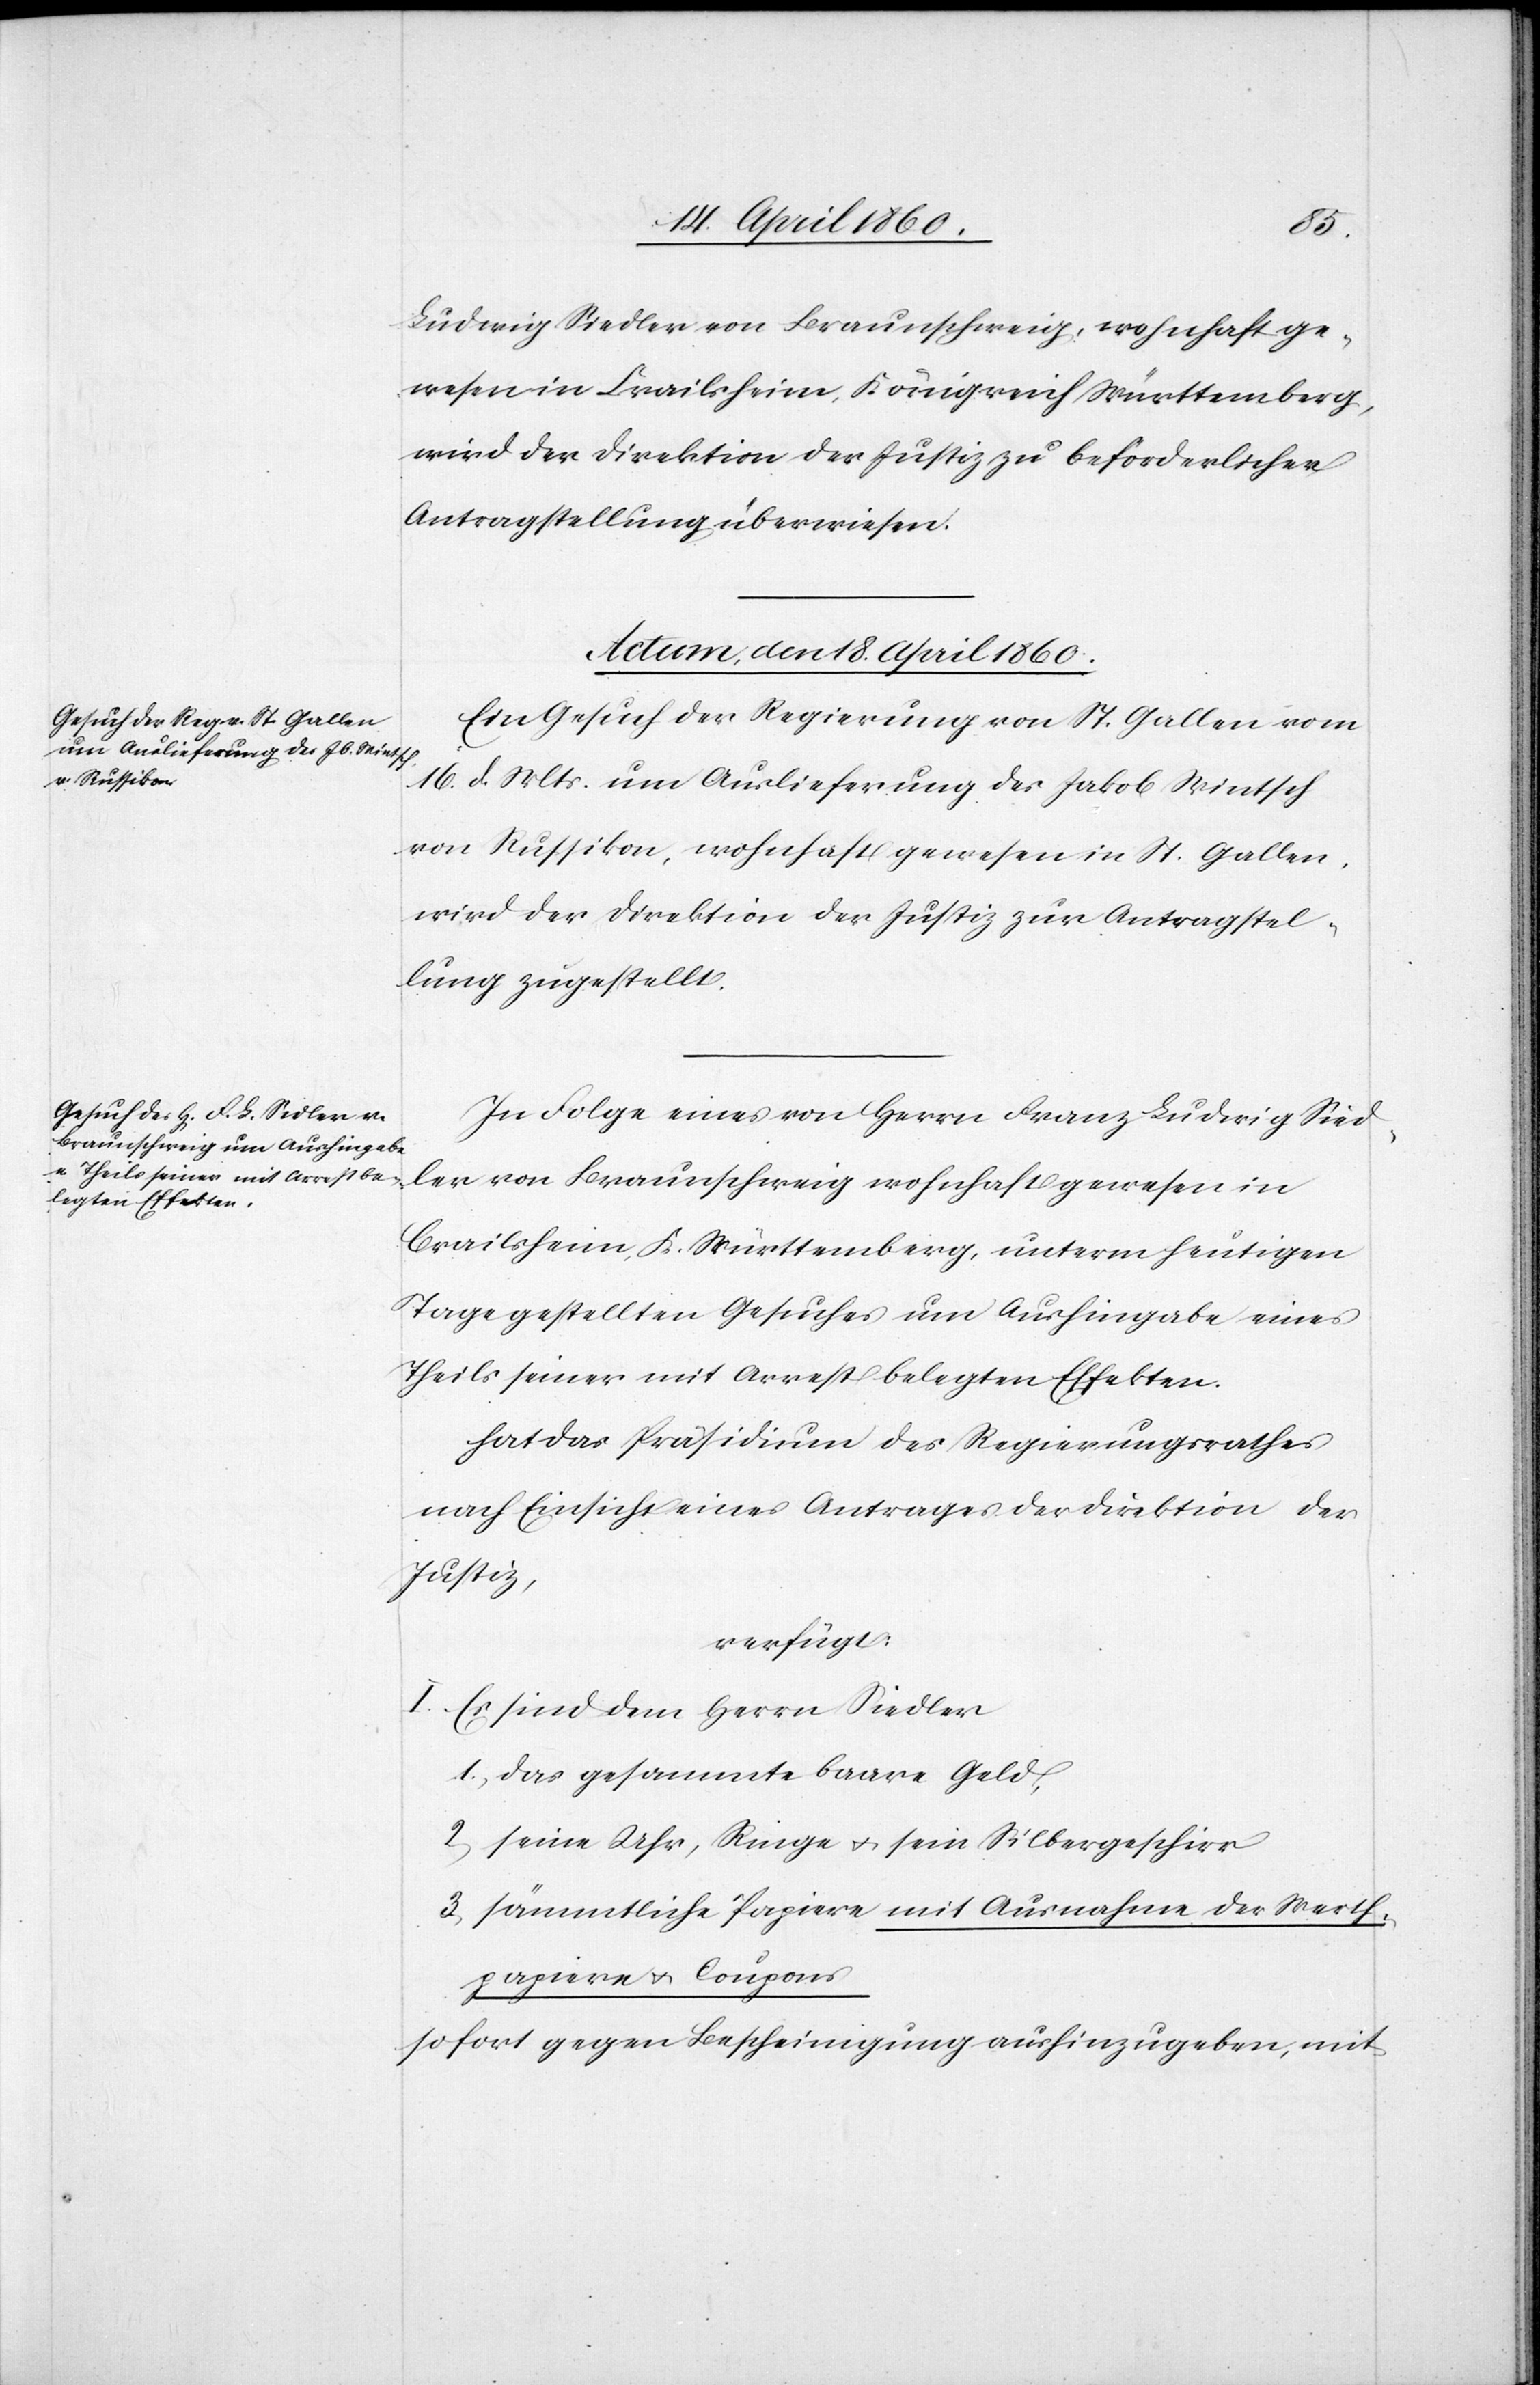
Ludwig Siedler von Braunschweig, wohnhaft ge¬
wesen in Crailsheim, Königreich Württemberg,
wird der Direktion der Justiz zu beförderlicher
Antragstellung überwiesen.
Actum, den 18. April 1860.]
Ein Gesuch der Regierung von St. Gallen vom
16. d. Mts. um Auslieferung des Jakob Wintsch
von Russikon, wohnhaft gewesen in St. Gallen,
wird der Direktion der Justiz zur Antragstel¬
lung zugestellt.
In Folge eines von Herrn Franz Ludwig Sied¬
ler von Braunschweig wohnhaft gewesen in
Crailsheim, K. Württemberg, unterm heutigen
Tage gestellten Gesuches um Aushingabe eines
Theils seiner mit Arrest belegten Effekten.
Hat das Präsidium des Regierungsrathes
nach Einsicht eines Antrages der Direktion der
Justiz,
verfügt.
I. Es sind dem Herrn Siedler
1. das gesammte baare Geld,
2. seine Uhr, Ringe, u. sein Silbergeschirr
3. sämmtliche Papiere mit Ausnahme der Werth¬
papiere u. Coupons
sofort gegen Bescheinigung aushinzugeben, mit